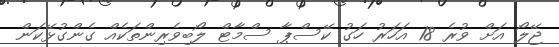
ޖޭލޯ އަށް ވުރެ 18 އަހަރު ހަގު ކޭސްޕާ ސްމާޓް ލޯބިވެރިންތަކެއް ގެންގުޅޭކަން